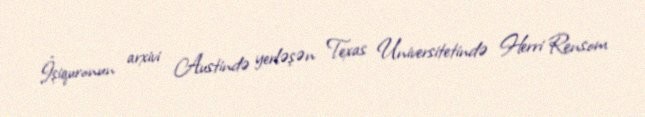
İşiquronun arxivi Austində yerləşən Texas Universitetində Herri Rensom